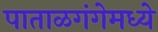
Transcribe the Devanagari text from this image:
पाताळगंगेमध्ये